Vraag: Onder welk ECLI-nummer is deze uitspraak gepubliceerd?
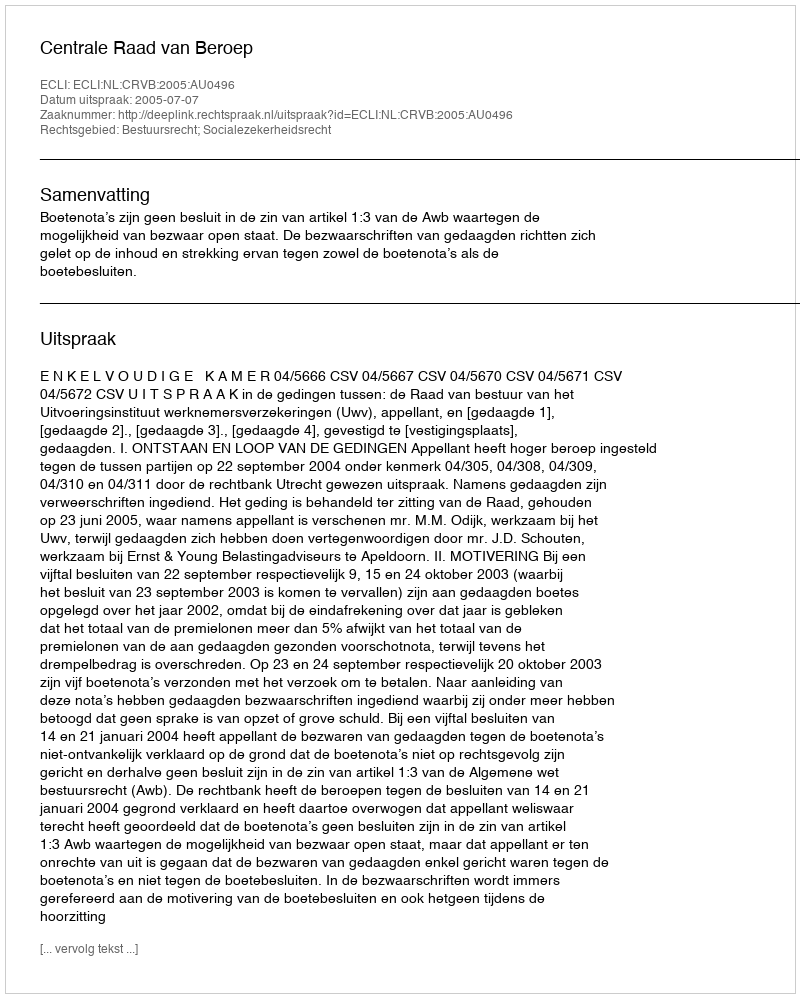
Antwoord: ECLI:NL:CRVB:2005:AU0496